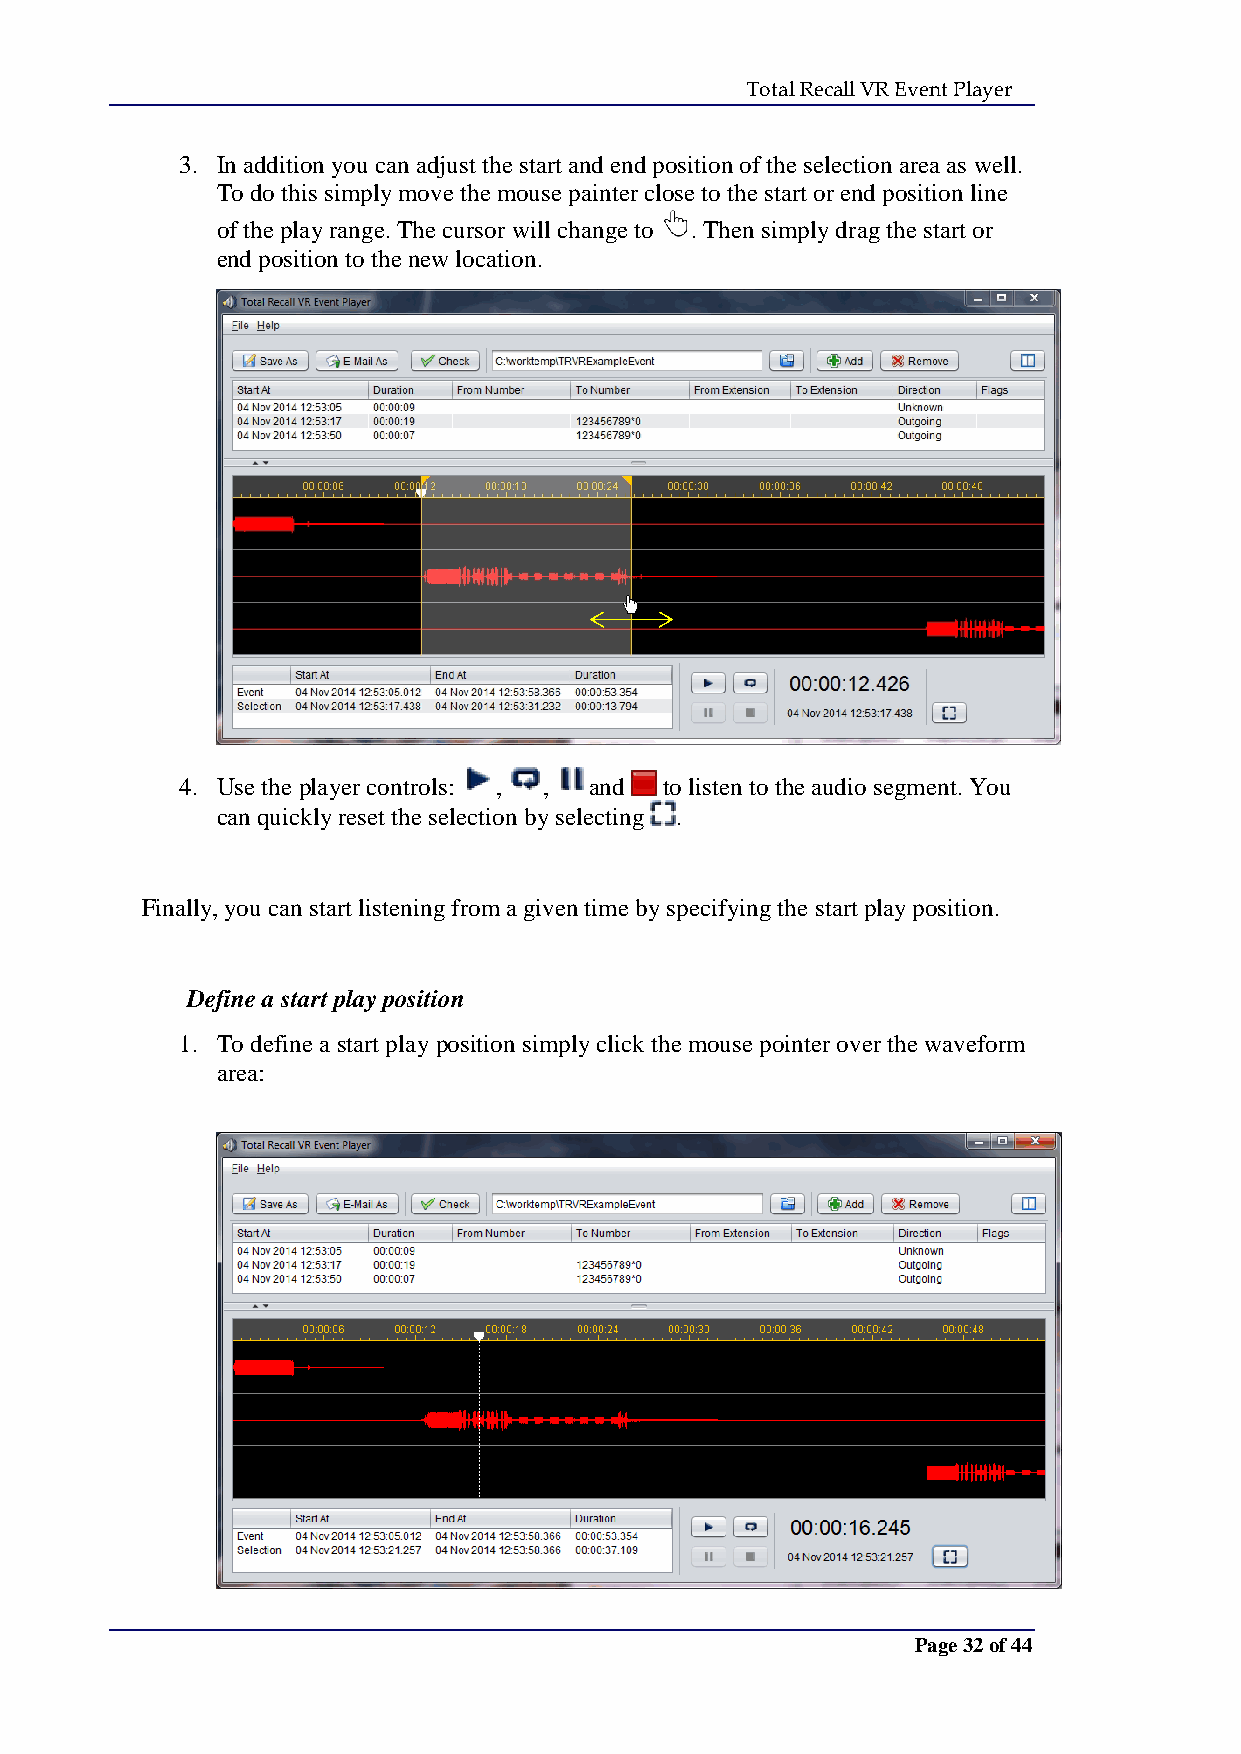
Total Recall VR Event Player
 3. In addition you can adjust the start and end position of the selection area as well.
 To do this simply move the mouse painter close to the start or end position line
 of the play range. The cursor will change to . Then simply drag the start or
 end position to the new location.
 4. Use the player controls: , , and to listen to the audio segment. You
 can quickly reset the selection by selecting .
 Finally, you can start listening from a given time by specifying the start play position.
 Define a start play position
 1. To define a start play position simply click the mouse pointer over the waveform
 area:
 Page 32 of 44